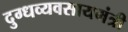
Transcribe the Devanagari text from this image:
दुग्धव्यवसायमंत्री